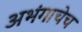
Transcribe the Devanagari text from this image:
अभंगाचेच